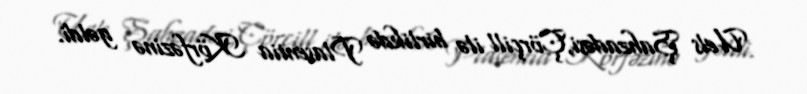
Uels Şahzadəsi,Çörçill ilə birlikdə Plasentia Körfəzinə gəldi.